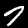
Digit: 7